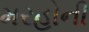
મરહોની